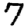
Digit: 7